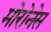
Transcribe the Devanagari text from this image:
मोरोनेस